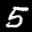
Label: 5